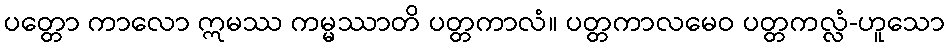
ပတ္တော ကာလော ဣမဿ ကမ္မဿာတိ ပတ္တကာလံ။ ပတ္တကာလမေဝ ပတ္တကလ္လံ-ဟူသော